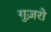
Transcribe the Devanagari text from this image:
गुज़रो